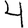
Digit: 4